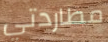
مطاردتي